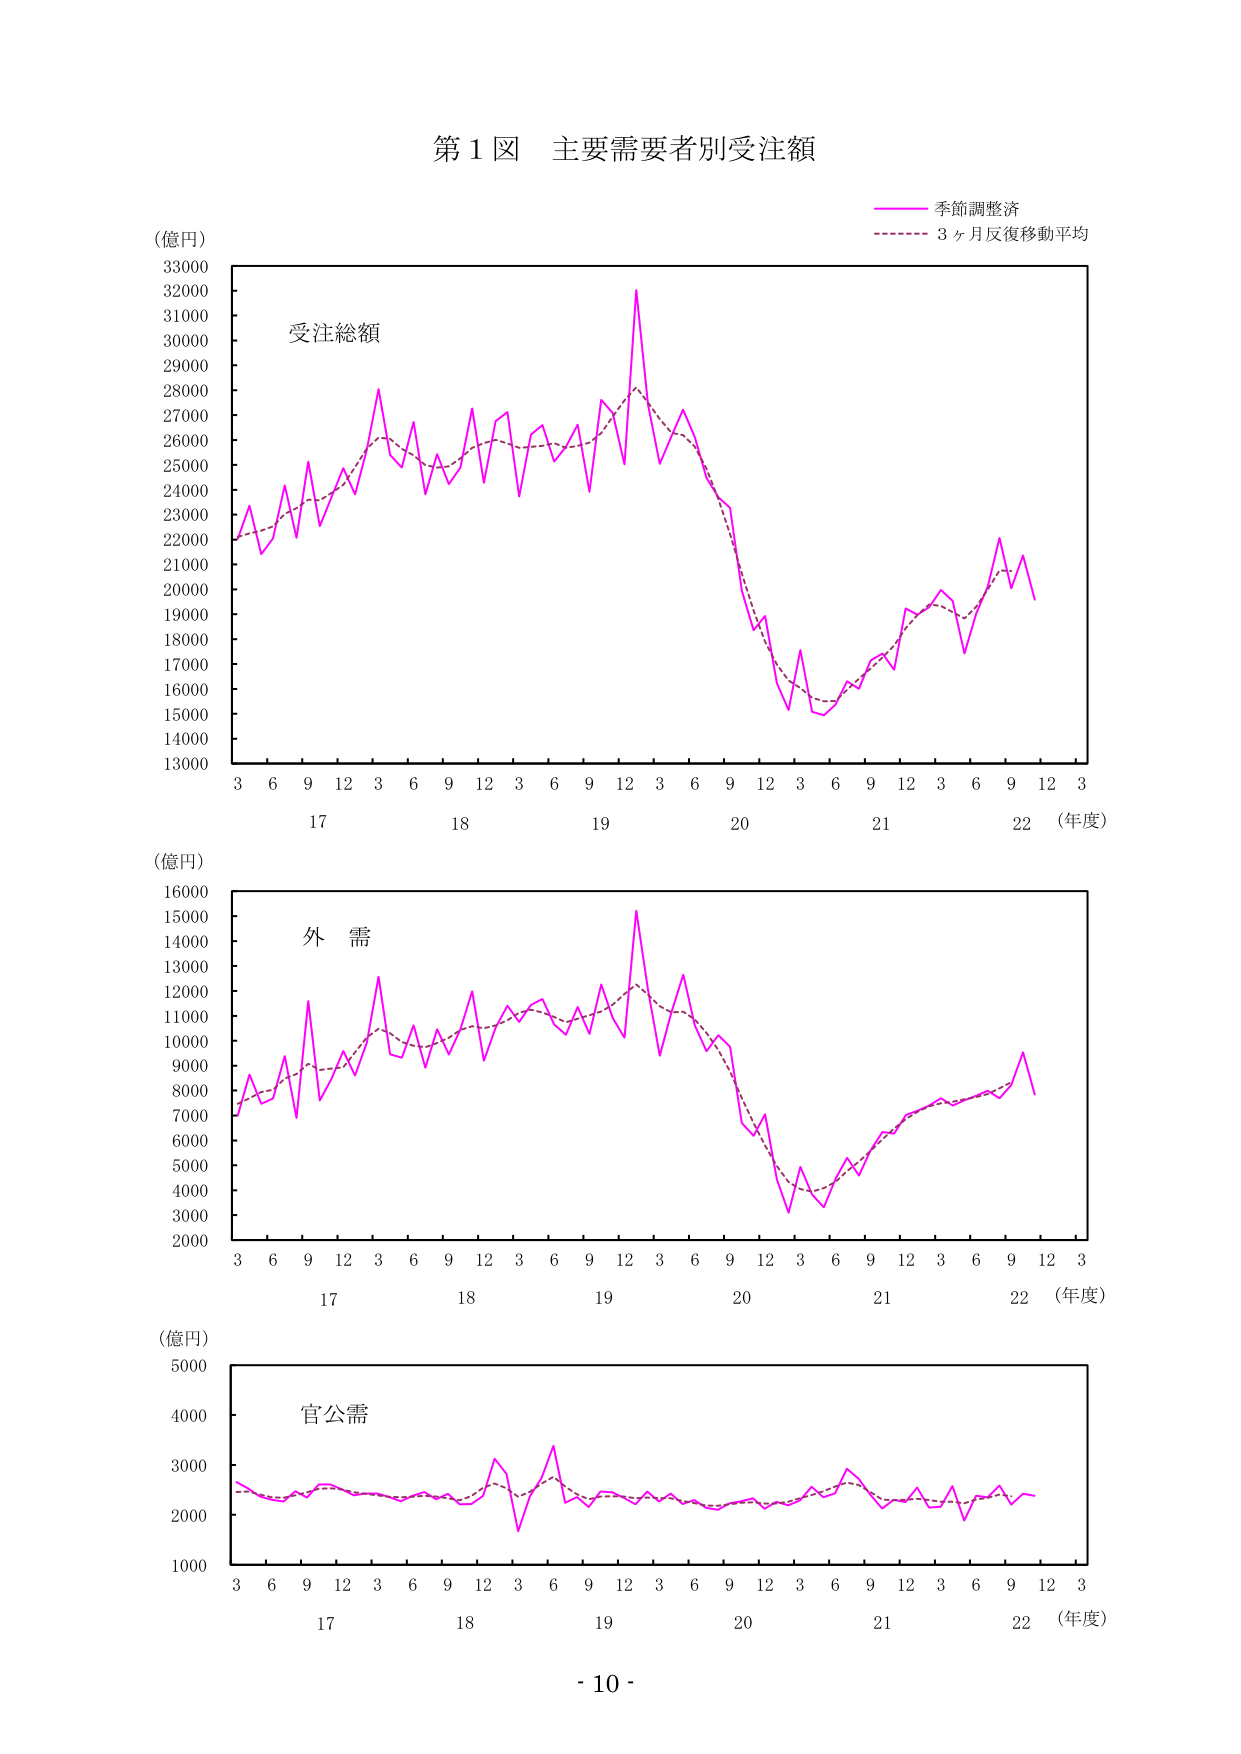
第１図 主要需要者別受注額

（億円）
33000
32000
31000
30000
29000
28000
27000
26000
25000
24000
23000
22000
21000
20000
19000
18000
17000
16000
15000
14000
13000

受注総額

季節調整済
3ヶ月反復移動平均

3 6 9 12 3 6 9 12 3 6 9 12 3 6 9 12 3 6 9 12 3
17 18 19 20 21 22 （年度）

（億円）
16000
15000
14000
13000
12000
11000
10000
9000
8000
7000
6000
5000
4000
3000
2000

外需

3 6 9 12 3 6 9 12 3 6 9 12 3 6 9 12 3 6 9 12 3
17 18 19 20 21 22 （年度）

（億円）
5000
4000
3000
2000
1000

官公需

3 6 9 12 3 6 9 12 3 6 9 12 3 6 9 12 3 6 9 12 3
17 18 19 20 21 22 （年度）

- 10 -